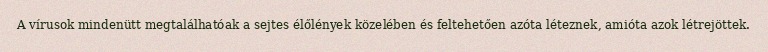
A vírusok mindenütt megtalálhatóak a sejtes élőlények közelében és feltehetően azóta léteznek, amióta azok létrejöttek.